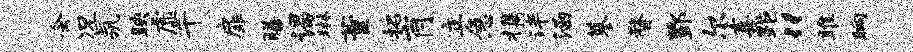
会况氛映虚千扉膳谒琳董拓肖立急携泮涵蓼瞀酆尔熹距“雎晌